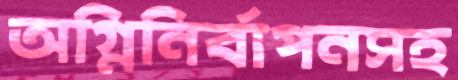
অগ্নিনির্বাপনসহ